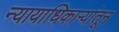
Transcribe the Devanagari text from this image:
न्यायाधिकाऱ्यांतून